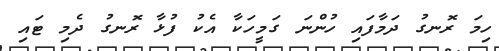
ހިމަ ރޮނގު ދަމާފައި ހުންނަ ގަމީހަކާ އެކު ފުޅާ ރޮނގު ދެމި ޓައި